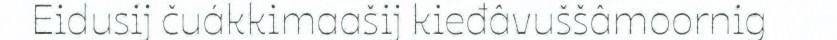
Eidusij čuákkimaašij kieđâvuššâmoornig